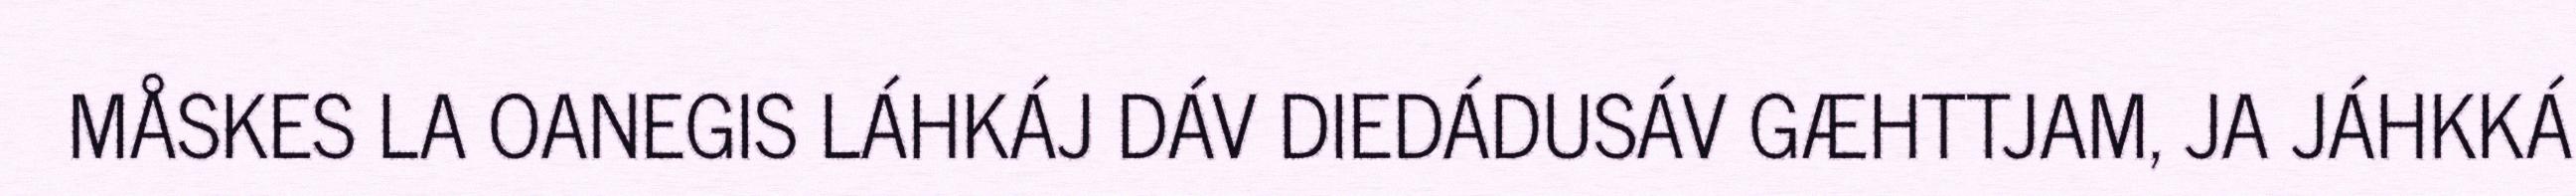
MÅSKES LA OANEGIS LÁHKÁJ DÁV DIEDÁDUSÁV GÆHTTJAM, JA JÁHKKÁ